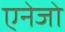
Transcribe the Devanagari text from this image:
एनेजो